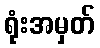
ရုံးအမှတ်